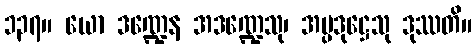
၁၃၇။ ယော ဒဏ္ဍေန အဒဏ္ဍေသု၊ အပ္ပဒုဋ္ဌေသု ဒုဿတိ။